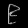
Digit: ၉